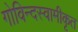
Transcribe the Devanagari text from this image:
गोविन्दस्वामीकृत